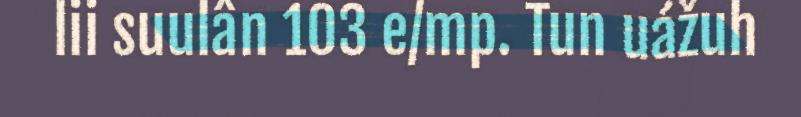
lii suulân 103 e/mp. Tun uážuh